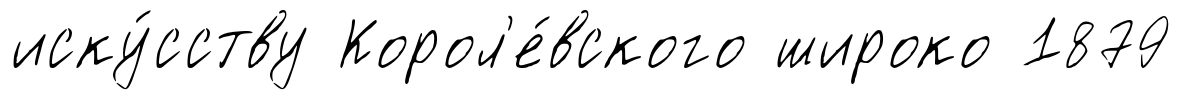
иску́сству Корол'е́вского широко 1879